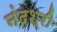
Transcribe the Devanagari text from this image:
नंदश्री